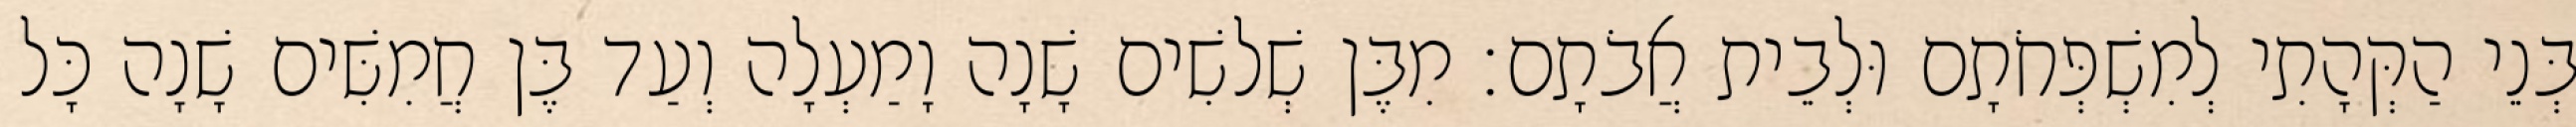
בְּנֵי הַקְּהָתִי לְמִשְׁפְּחֹתָם וּלְבֵית אֲבֹתָם׃ מִבֶּן שְׁלשִׁים שָׁנָה וָמַעְלָה וְעַד בֶּן חֲמִשִּׁים שָׁנָה כָּל